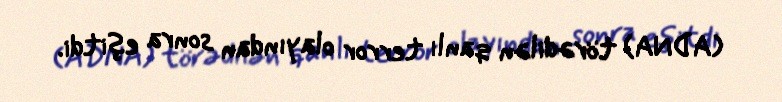
(ADNA) törədilən qanlı terror olayından sonra eşitdi.